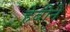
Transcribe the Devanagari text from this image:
हेबीने